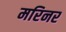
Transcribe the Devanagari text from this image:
मरिनर